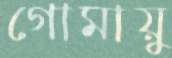
গোমায়ু